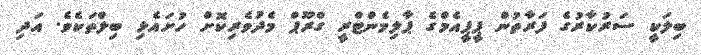
ބިލަކީ ސަރުކާރުގެ ފަރާތުން ޕީޕީއެމްގެ ޕާލިމެންޓްރީ ގްރޫޕް މެދުވެރިކޮށް ހުށައެޅި ބިލްތަކެވެ. އަދި